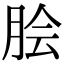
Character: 脍